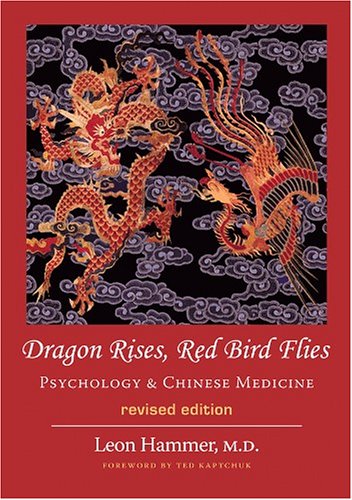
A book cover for Dragon Rises, Red Bird Flies: Psychology & Chinese Medicine (Revised Edition); Leon I. Hammer; Medical Books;